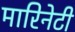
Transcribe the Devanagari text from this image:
मारिनेटी